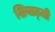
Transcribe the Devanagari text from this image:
शियाट्जी